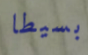
بسيطا